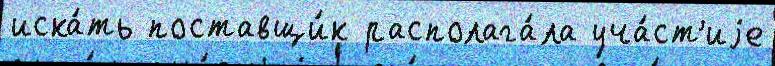
иска́ть поставщи́к располага́ла уча́ст'иjе